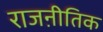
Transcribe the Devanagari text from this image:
राजऩीतिक